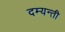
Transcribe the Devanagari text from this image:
दम्यन्ती